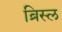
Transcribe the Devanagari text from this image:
ब्रिस्ल